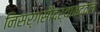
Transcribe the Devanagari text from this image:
निसर्गसौंदर्याबद्दल